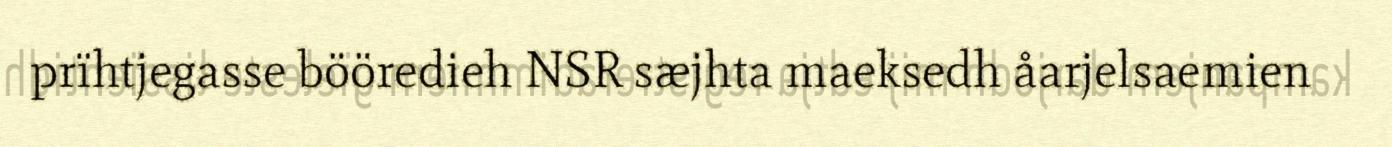
prïhtjegasse bööredieh NSR sæjhta maeksedh åarjelsaemien